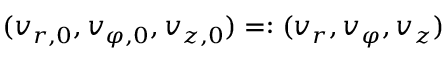
( v _ { r , 0 } , v _ { \varphi , 0 } , v _ { z , 0 } ) = : ( v _ { r } , v _ { \varphi } , v _ { z } )